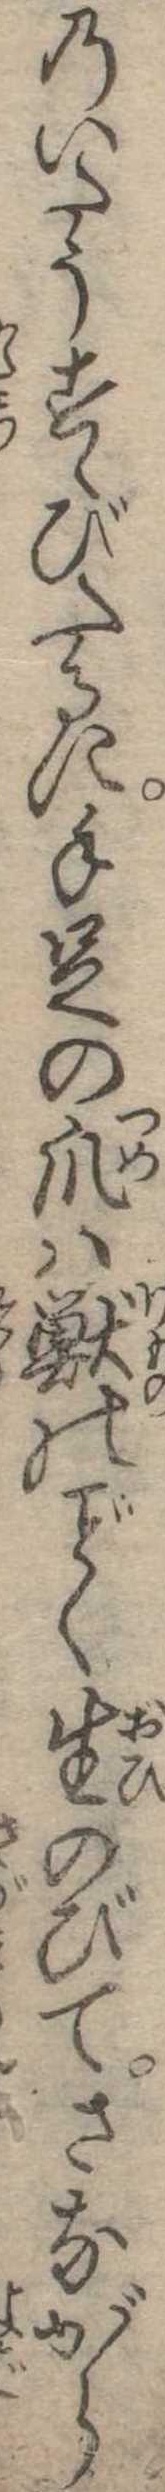
のいたうすゝびたるに手足の爪は獣のく生のびてさながら